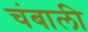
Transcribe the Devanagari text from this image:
चंबाली